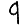
Digit: 9